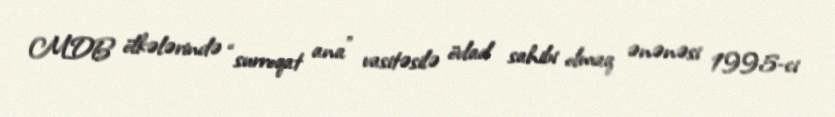
MDB ölkələrində “surroqat ana” vasitəsilə övlad sahibi olmaq ənənəsi 1995-ci